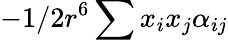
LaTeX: -1/2r^{6}\sum x_{i}x_{j}\alpha_{ij}